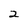
Character: 2